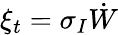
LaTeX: \xi_{t}=\sigma_{I}\dot{W}